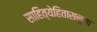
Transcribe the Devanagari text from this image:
साहित्येहितासनुमा